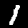
Digit: 1